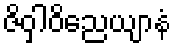
ဇိဝှါဝိညေယျာနံ